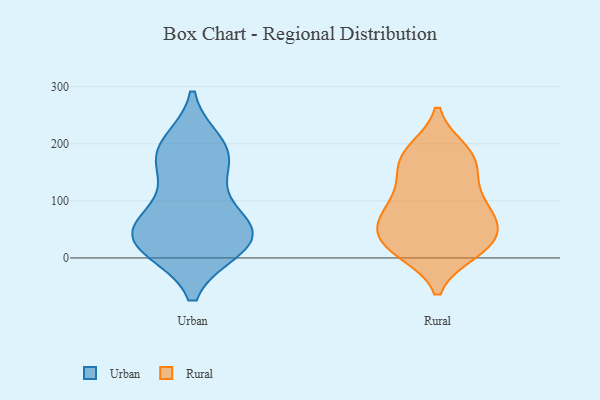
{"axis": {"x": "Shipments", "y": "Value"}, "legend": ["Rural", "Urban"], "data": [{"x": "", "y": 22, "type": "Urban"}, {"x": "", "y": 45, "type": "Urban"}, {"x": "", "y": 186, "type": "Urban"}, {"x": "", "y": 175, "type": "Urban"}, {"x": "", "y": 18, "type": "Urban"}, {"x": "", "y": 58, "type": "Urban"}, {"x": "", "y": 104, "type": "Urban"}, {"x": "", "y": 199, "type": "Urban"}, {"x": "", "y": 18, "type": "Urban"}, {"x": "", "y": 170, "type": "Urban"}, {"x": "", "y": 46, "type": "Urban"}, {"x": "", "y": 49, "type": "Urban"}, {"x": "", "y": 27, "type": "Rural"}, {"x": "", "y": 179, "type": "Rural"}, {"x": "", "y": 47, "type": "Rural"}, {"x": "", "y": 112, "type": "Rural"}, {"x": "", "y": 11, "type": "Rural"}, {"x": "", "y": 81, "type": "Rural"}, {"x": "", "y": 65, "type": "Rural"}, {"x": "", "y": 188, "type": "Rural"}, {"x": "", "y": 147, "type": "Rural"}, {"x": "", "y": 167, "type": "Rural"}, {"x": "", "y": 57, "type": "Rural"}, {"x": "", "y": 130, "type": "Rural"}, {"x": "", "y": 187, "type": "Rural"}, {"x": "", "y": 12, "type": "Rural"}, {"x": "", "y": 84, "type": "Rural"}, {"x": "", "y": 75, "type": "Rural"}, {"x": "", "y": 18, "type": "Rural"}, {"x": "", "y": 25, "type": "Rural"}]}